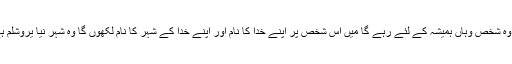
اس شخص کو جو فتح حاصل کرے اسے میں اپنے خدا کی ہیکل میں ستون بناؤں گا اور وہ شخص وہاں ہمیشہ کے لئے رہے گا میں اس شخص پر اپنے خدا کا نام اور اپنے خدا کے شہر کا نام لکھوں گا وہ شہر نیا یروشلم ہے میرے خدا کی جانب سے جنت سے آرہا ہے میں اپنا نیا نام اس شخص پر لکھو ں گا۔